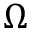
\Omega